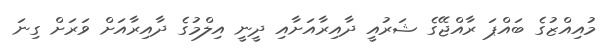
މުއިއްޒުގެ ބައްޕަ ރާއްޖޭގެ ޝަރުއީ ދާއިރާއަށާއި ދީނީ އިލްމުގެ ދާއިރާއަށް ވަރަށް ގިނަ